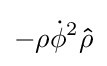
-\rho {\dot {\phi }}^{2}\mathbf {\hat {\rho }}